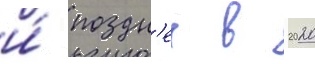
и́ поздн'ее в 2020